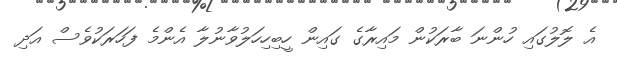
އެ ލޮލުގައި ހުންނަ ބާރަކުން މައިރާގެ ގައިން ހީބިހިހަލުވާނުލާ އެންމެ ފަހަރަކުވެސް އަދި